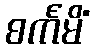
စင်္ကမိံ